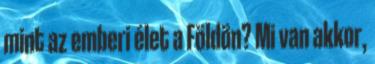
mint az emberi élet a Földön? Mi van akkor,